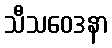
သီသဝေဒနာ